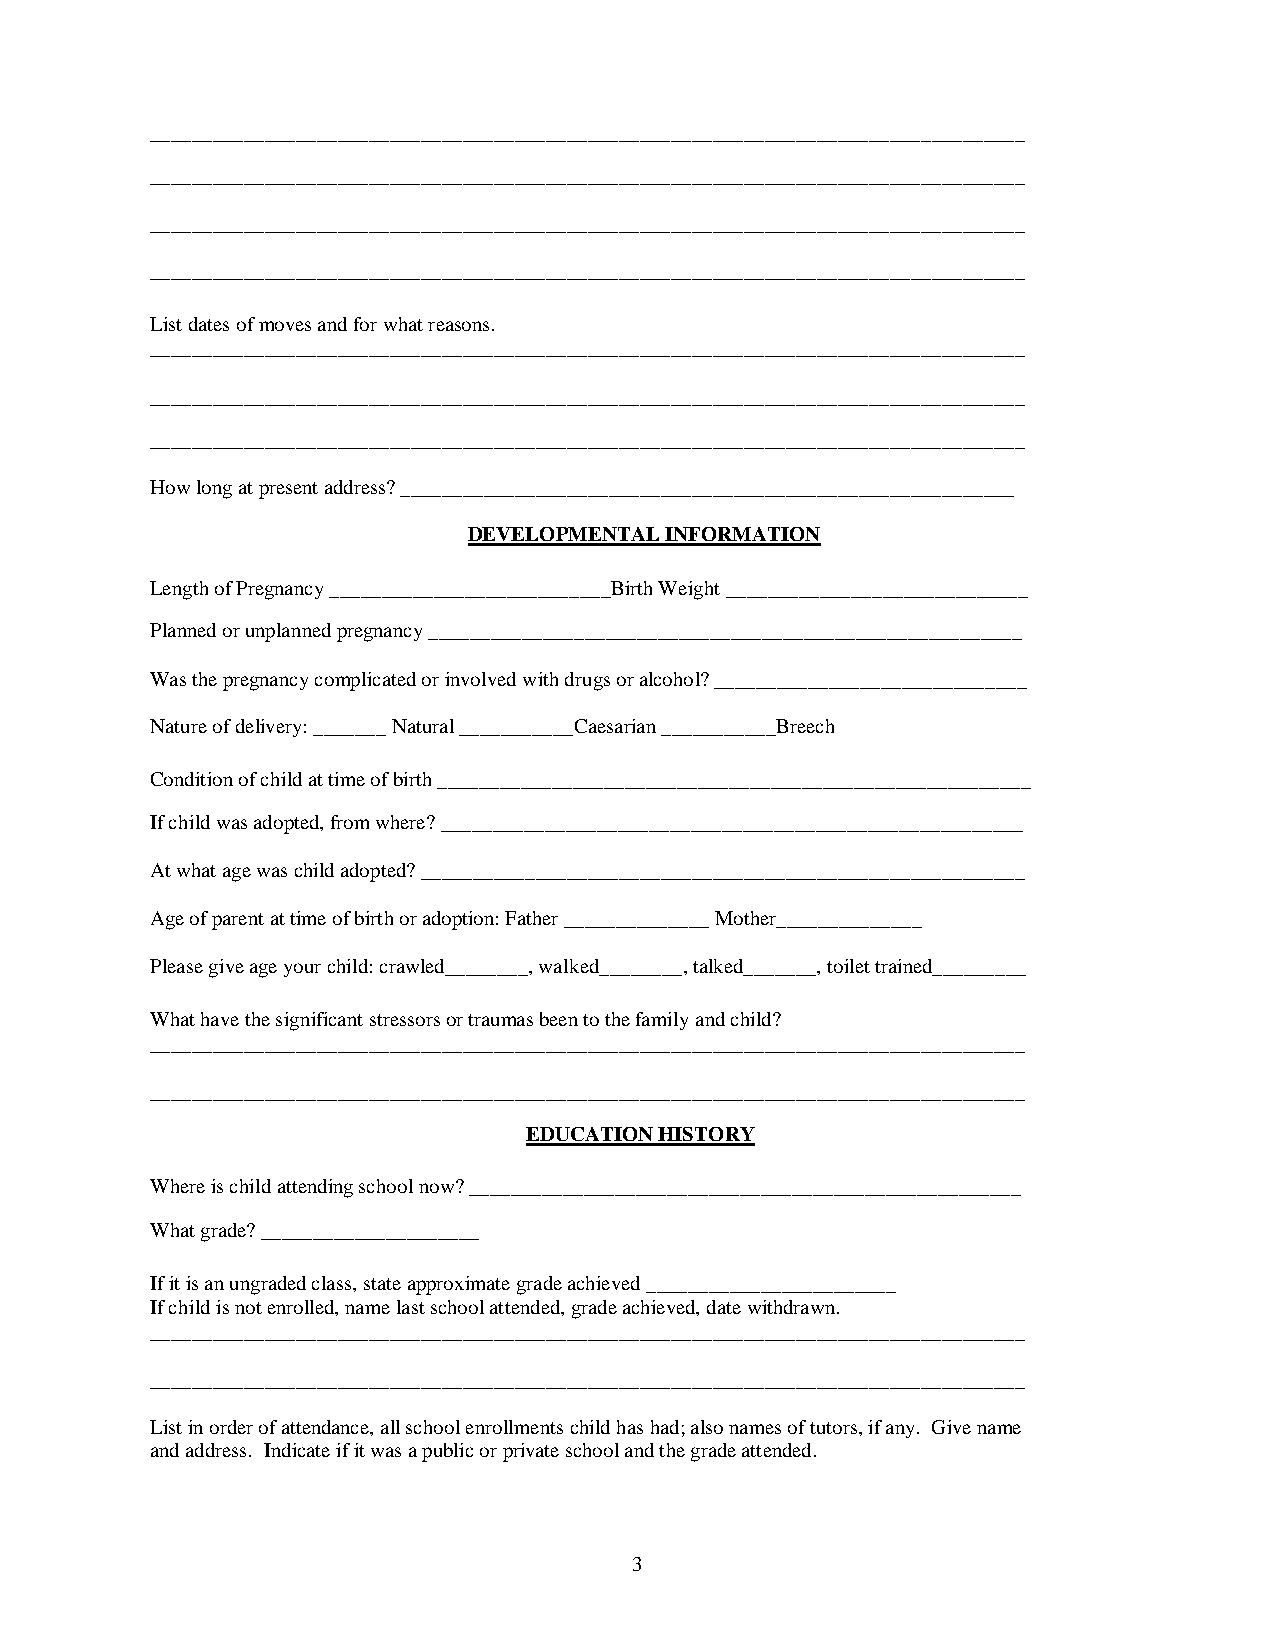
____________________________________________________________________________________
 ____________________________________________________________________________________
 ____________________________________________________________________________________
 ____________________________________________________________________________________
 List dates of moves and for what reasons.
 ____________________________________________________________________________________
 ____________________________________________________________________________________
 ____________________________________________________________________________________
 How long at present address? ___________________________________________________________
 DEVELOPMENTAL INFORMATION
 Length of Pregnancy ___________________________Birth Weight _____________________________
 Planned or unplanned pregnancy _________________________________________________________
 Was the pregnancy complicated or involved with drugs or alcohol? ______________________________
 Nature of delivery: _______ Natural ___________Caesarian ___________Breech
 Condition of child at time of birth _________________________________________________________
 If child was adopted, from where? ________________________________________________________
 At what age was child adopted? __________________________________________________________
 Age of parent at time of birth or adoption: Father ______________ Mother______________
 Please give age your child: crawled________, walked________, talked_______, toilet trained_________
 What have the significant stressors or traumas been to the family and child?
 ____________________________________________________________________________________
 ____________________________________________________________________________________
 EDUCATION HISTORY
 Where is child attending school now? _____________________________________________________
 What grade? _____________________
 If it is an ungraded class, state approximate grade achieved ________________________
 If child is not enrolled, name last school attended, grade achieved, date withdrawn.
 ____________________________________________________________________________________
 ____________________________________________________________________________________
 List in order of attendance, all school enrollments child has had; also names of tutors, if any. Give name
 and address. Indicate if it was a public or private school and the grade attended.
 3